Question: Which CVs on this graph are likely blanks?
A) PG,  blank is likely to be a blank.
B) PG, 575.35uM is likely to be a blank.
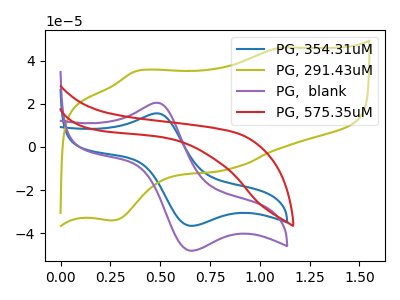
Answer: <think>The blue curve "PG, 354.31uM" has an anodic peak at (0.50V, 15.55uA) and a cathodic peak at (0.65V, -36.55uA). The olive curve "PG, 291.43uM" has anodic peaks at (1.10V, 45.95uA) (0.40V, 35.30uA) and cathodic peaks at (0.85V, -10.40uA) (0.25V, -34.05uA). The purple curve "PG,  blank" has an anodic peak at (0.50V, 20.45uA) and a cathodic peak at (0.65V, -48.05uA). The red curve "PG, 575.35uM" has no peaks.</think>
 <answer>B) "PG, 575.35uM" is likely to be a blank.</answer>
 <eval>B</eval>